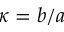
\kappa = b / a